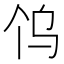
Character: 𱍼